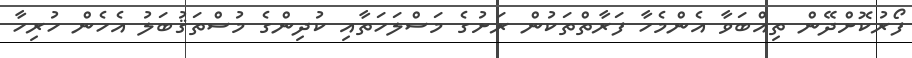
ފޯރުކޮށްދޭން ތިއްބަވާ އެންމެހާ ފަރާތްތަކުން ރަށުގެ މަސްލަހަތާއި ކުދިންގެ މުސްތަޤުބަލު އެހެން ހުރިހާ